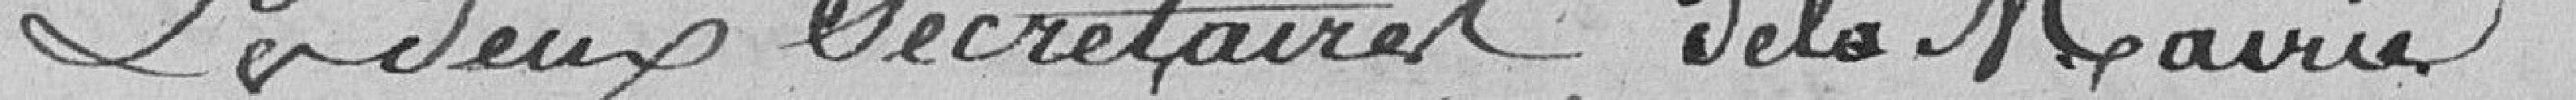
Les deux secrétaires de la Mairie